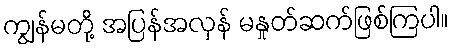
ကျွန်မတို့ အပြန်အလှန် မနှုတ်ဆက်ဖြစ်ကြပါ။